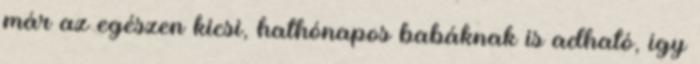
már az egészen kicsi, hathónapos babáknak is adható, így